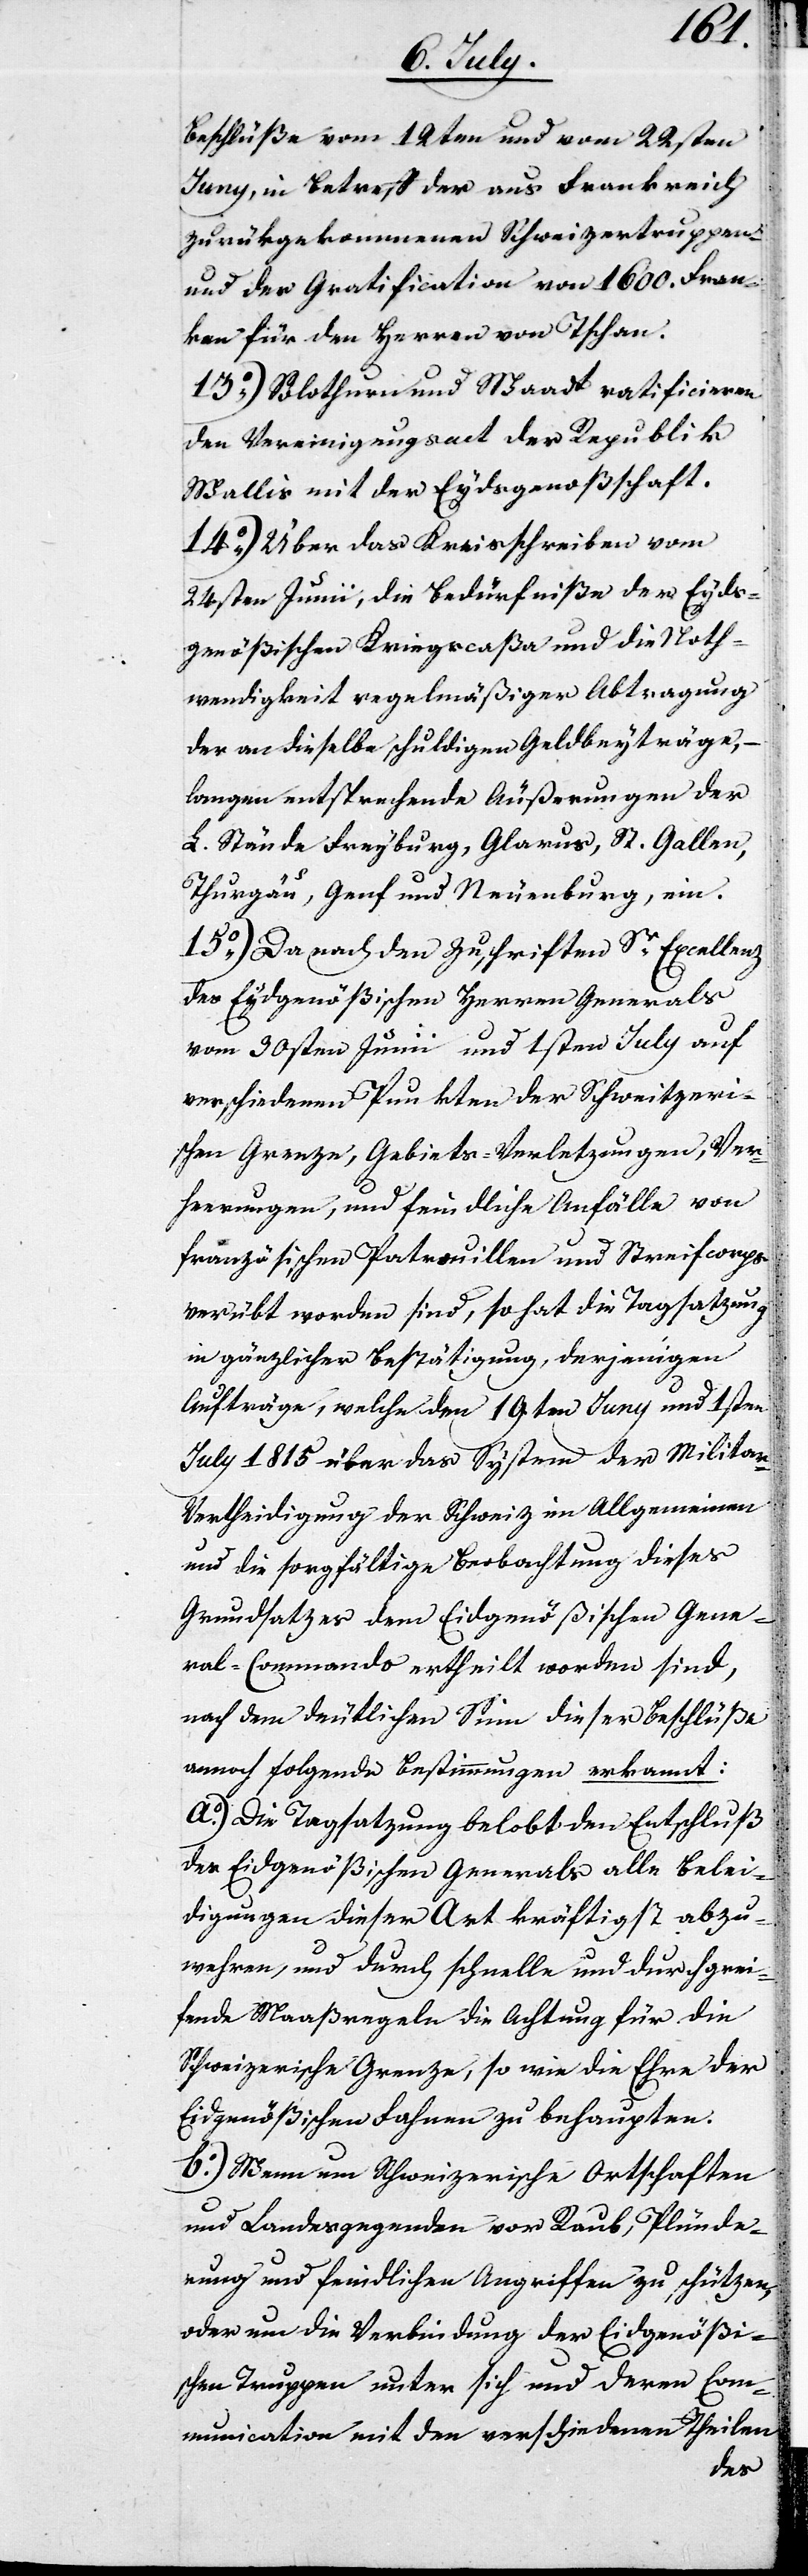
beschlüße vom 12ten und vom 22sten
Juny, in Betreff der aus Frankreich
zurückgekommenen Schweizertruppen
und der Gratification von 1600. Fran¬
ken für den Herren von Tschann.
13.) Solothurn und Waadt ratificieren
den Vereinigungsact der Republik
Wallis mit der Eydsgenoßenschaft.
14.) Über das Kreisschreiben vom
24sten Junii, die Bedürfniße der Eyds¬
genößischen Kriegscaßa und die Noth¬
wendigkeit regelmäßiger Abtragung
der an dieselbe schuldigen Geldbeyträge, –
langen entsprechende Äußerungen der
L. Stände Freyburg, Glarus, St. Gallen,
Thurgau, Genf und Neuenburg, ein.
15.) Da nach den Zuschriften Sr. Excellenz
des Eydsgenößischen Herren Generals
vom 30sten Junii und 1sten July auf
verschiedenen Punkten der Schweitzeri¬
schen Grenze, Gebiets-Verletzungen, Ver¬
heerungen, und feindliche Anfälle von
französischen Patrouillen und Streifcorps
verübt worden sind, so hat die Tagsatzung
in gänzlicher Bestätigung, derjenigen
Aufträge, welche den 19ten Juny und 1sten
July 1815. über das System der Militar-V¬
ertheidigung der Schweiz im Allgemeinen
und die sorgfältige Beobachtung dieses
Grundsatzes dem Eydgenößischen Gene¬
ral-Commando ertheilt worden sind,
nach dem deutlichen Sinn dieser Beschlüße
annoch folgende Bestimmungen erkannt:
a.) Die Tagsatzung belobt den Entschluß
des Eydgenößischen Generals alle Belei¬
digungen dieser Art kräftigst abzu¬
wehren, und durch schnelle und durchgrei¬
fende Maaßregeln die Achtung für die
Schweizerische Grenze, so wie die Ehre der
Eidgenößischen Fahnen zu behaupten.
b.) Wenn um Schweizerische Ortschaften
und Landesgegenden vor Raub, Plünde¬
rung und feindlichen Angriffen zu schützen
oder um die Verbindung der Eidgenößi¬
schen Truppen unter sich und deren Com¬
munication mit den verschiedenen Theilen